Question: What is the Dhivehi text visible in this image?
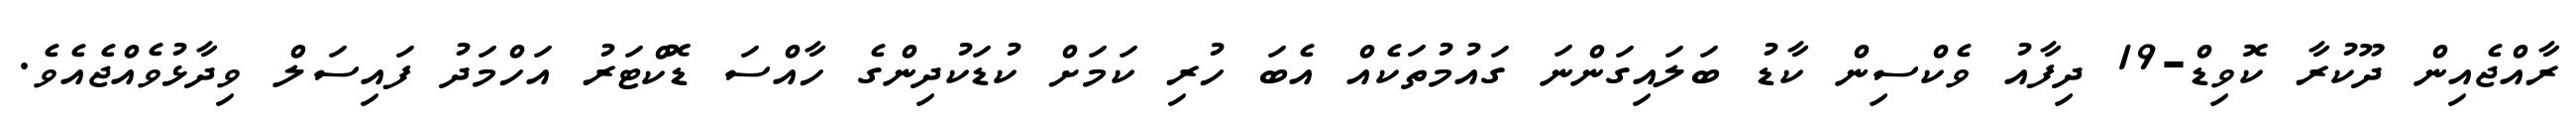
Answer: ރާއްޖެއިން ދޫކުރާ ކޮވިޑް-19 ދިފާއު ވެކްސިން ކާޑު ބަލައިގަންނަ ގައުމުތަކެއް އެބަ ހުރި ކަމަށް ކުޑަކުދިންގެ ހާއްސަ ޑޮކްޓަރު އަހްމަދު ފައިސަލް ވިދާޅުވެއްޖެއެވެ.